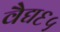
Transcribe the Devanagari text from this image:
वैद्य६५